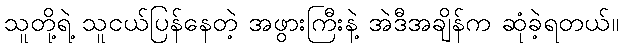
သူတို့ရဲ့ သူငယ်ပြန်နေတဲ့ အဖွားကြီးနဲ့ အဲဒီအချိန်က ဆုံခဲ့ရတယ်။